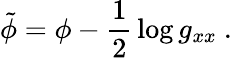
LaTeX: \tilde{\phi}=\phi-{\frac{1}{2}}\log g_{xx}\ .